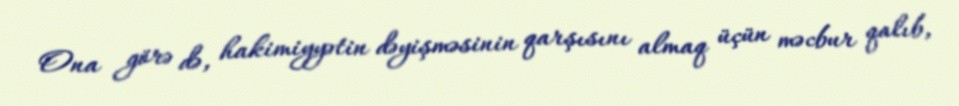
Ona görə də, hakimiyyətin dəyişməsinin qarşısını almaq üçün məcbur qalıb,